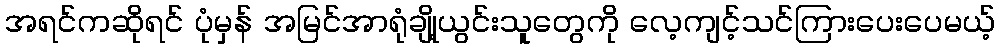
အရင်ကဆိုရင် ပုံမှန် အမြင်အာရုံချို့ယွင်းသူတွေကို လေ့ကျင့်သင်ကြားပေးပေမယ့်